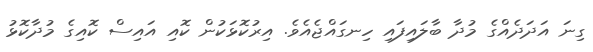
ގިނަ އަދަދެއްގެ މުދާ ބާލައިފައި ހިނގައްޖެއެވެ. އިރުކޮޅަކުން ކޮއި އައިސް ކޮއިގެ މުދާކޮޅު